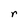
Character: r